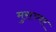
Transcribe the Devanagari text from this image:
मुराच्वर